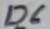
Text: D6